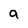
Character: a